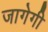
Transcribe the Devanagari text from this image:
जागेगी